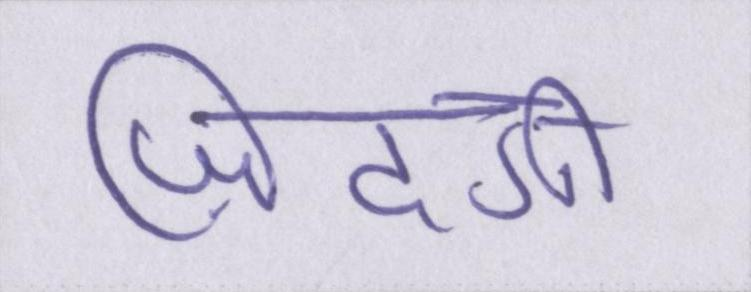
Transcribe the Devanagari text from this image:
ज़िंदगी